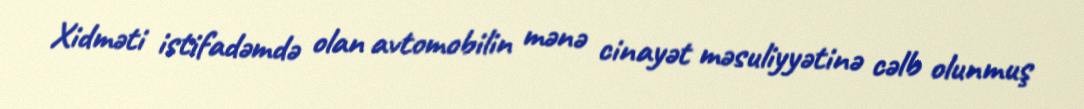
Xidməti istifadəmdə olan avtomobilin mənə cinayət məsuliyyətinə cəlb olunmuş